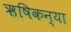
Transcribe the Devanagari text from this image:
ऋषिकन्या